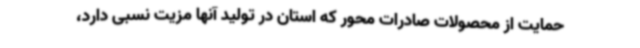
حمایت از محصولات صادرات محور که استان در تولید آنها مزیت نسبی دارد،